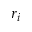
r _ { i }